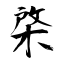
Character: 棨